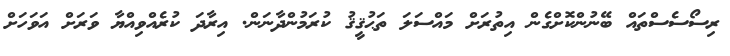
ރިސޯސެސްތައް ބޭނުންކޮށްގެން އިތުރަށް މައްސަލަ ތަޙުޤީޤު ކުރަމުންދާނަން. އިރާދަ ކުރެއްވިއްޔާ ވަރަށް އަވަހަށް